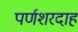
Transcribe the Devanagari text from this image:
पर्णशरदाह